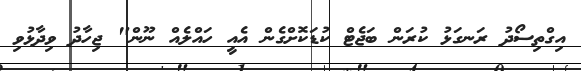
އިގްތިސޯދު ރަނގަޅު ކުރަން ބަޖެޓް ކުޑަކޮށްގެން އެއީ ހައްލެއް ނޫން" ޖިހާދު ވިދާޅުވި